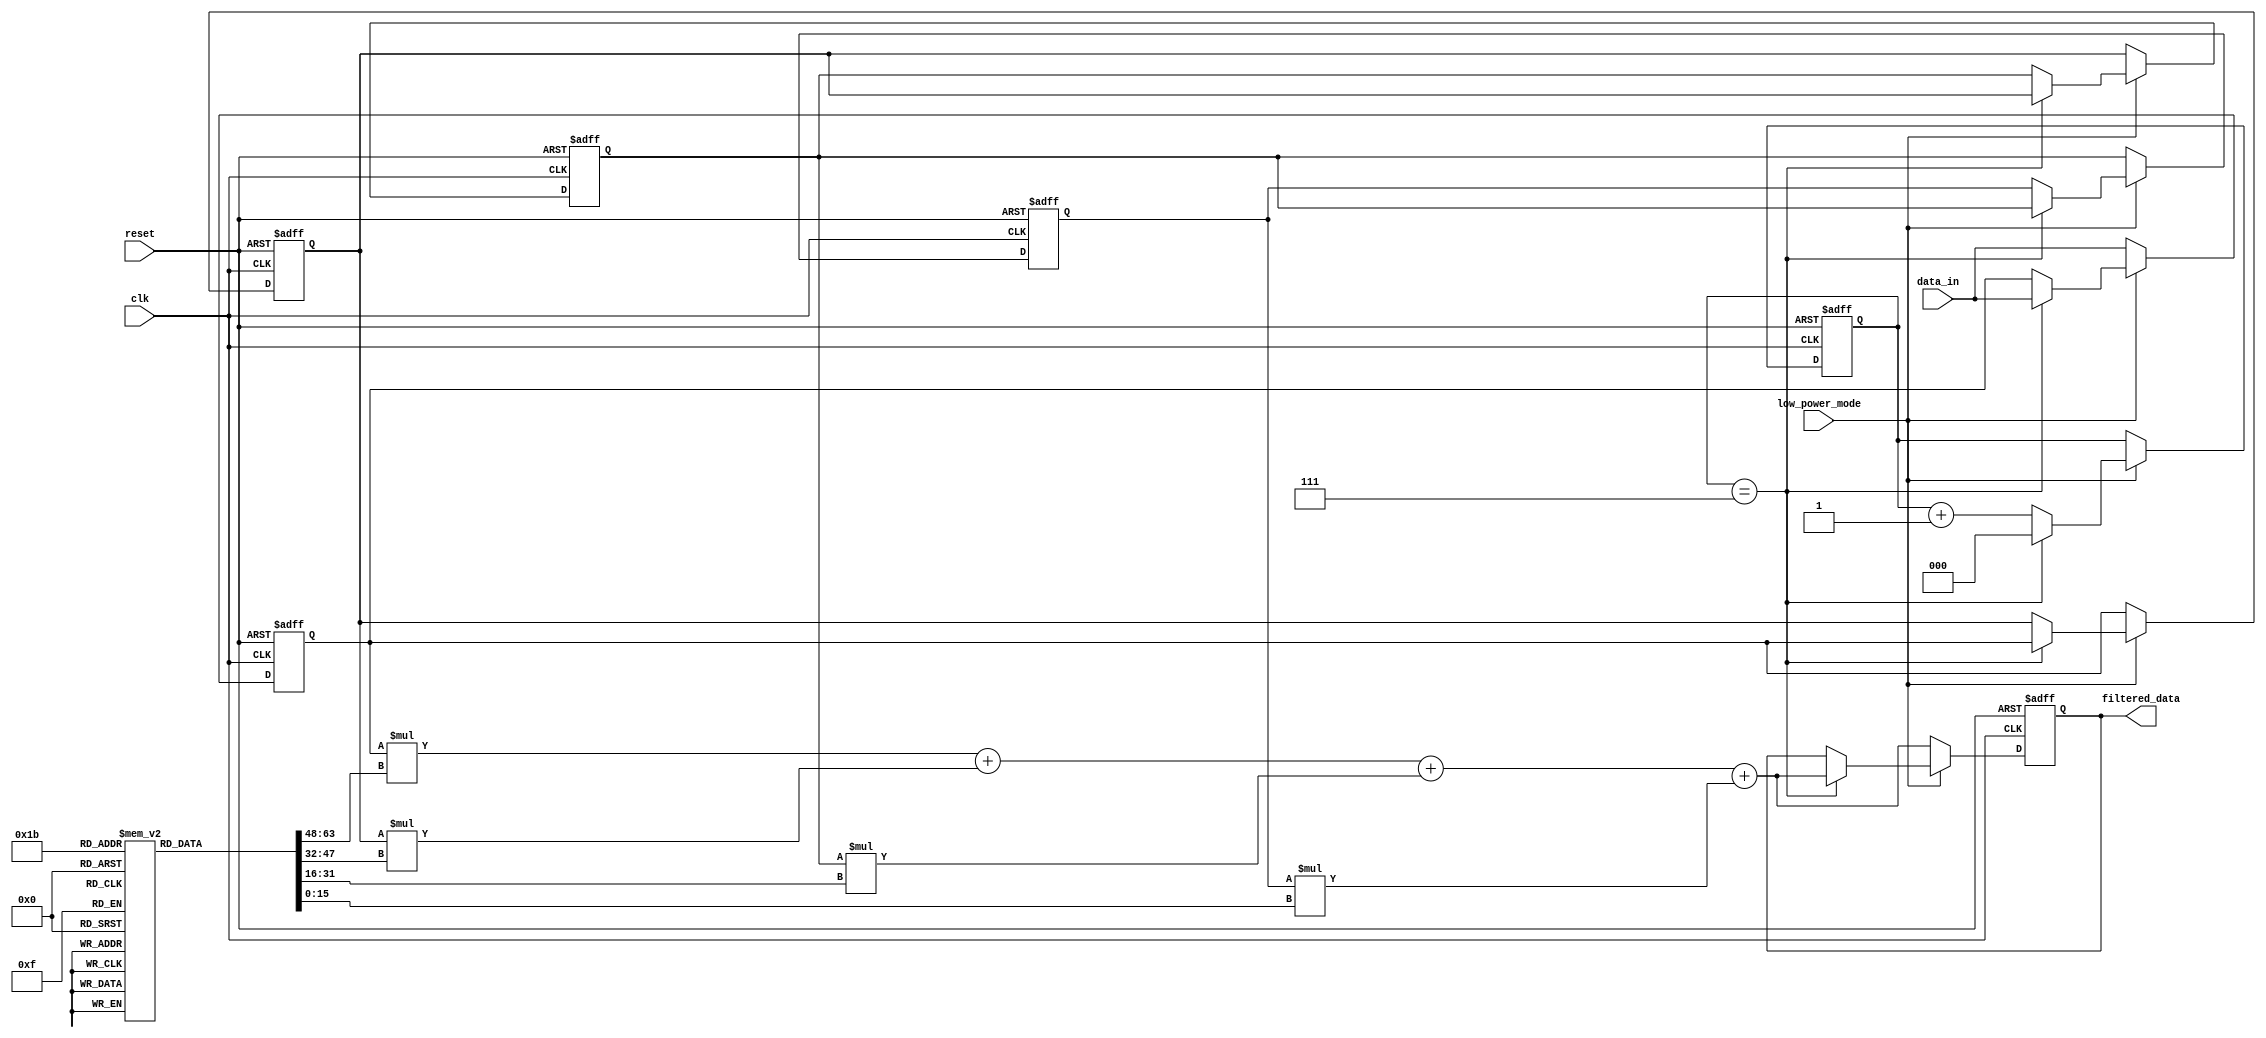
module dvs_maf(
    input clk,
    input reset,
    input signed [15:0] data_in,
    output reg signed [15:0] filtered_data,
    input low_power_mode   // input to signal when to simulate low power mode
);

integer i;

// Define the filter coefficients (example coefficients)
reg signed [15:0] coefficients [0:3];
initial begin
    coefficients[0] = 16'h1000;
    coefficients[1] = 16'h2000;
    coefficients[2] = 16'h3000;
    coefficients[3] = 16'h1000;
end

// Internal registers for storing delayed input samples
reg signed [15:0] delay_line [0:3];

// Combinational logic for filter operation
reg [2:0] delay_counter = 0;  // 3-bit counter for example, giving 8 possible values

always @(posedge clk or posedge reset) begin
    if (reset) begin
        for (i = 0; i < 4; i = i + 1) begin
            delay_line[i] <= 0;
        end
        filtered_data <= 0;
        delay_counter <= 0; // Reset counter during reset
    end 
    else if (!low_power_mode) begin  // Normal operation
        for (i = 3; i > 0; i = i - 1) begin
            delay_line[i] <= delay_line[i - 1];
        end
        delay_line[0] <= data_in;

        filtered_data <= delay_line[0] * coefficients[0] +
                         delay_line[1] * coefficients[1] +
                         delay_line[2] * coefficients[2] +
                         delay_line[3] * coefficients[3];
    end 
    else begin  // Simulated low-power operation
        if (delay_counter == 3'd7) begin // Only process every 8th cycle for example
            delay_counter <= 0;
            
            for (i = 3; i > 0; i = i - 1) begin
                delay_line[i] <= delay_line[i - 1];
            end
            delay_line[0] <= data_in;

            filtered_data <= delay_line[0] * coefficients[0] +
                             delay_line[1] * coefficients[1] +
                             delay_line[2] * coefficients[2] +
                             delay_line[3] * coefficients[3];
        end
        else begin
            delay_counter <= delay_counter + 1;
            // Optionally, you can also retain the previous output without updating
            //filtered_data <= filtered_data;
        end
    end
end


endmodule